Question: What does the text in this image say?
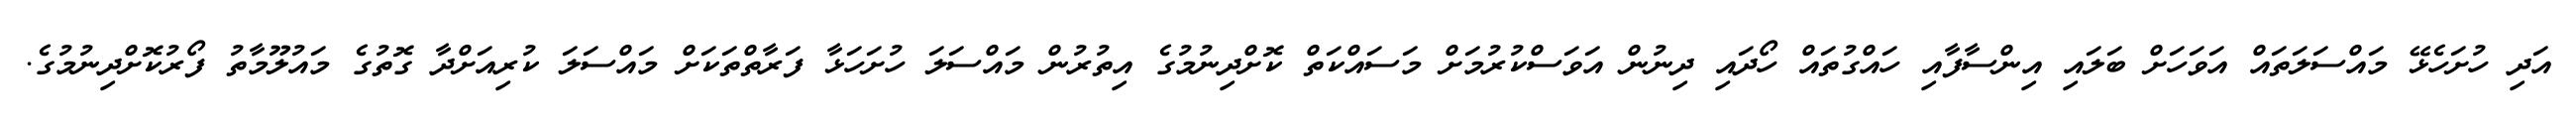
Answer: އަދި ހުށަހެޅޭ މައްސަލަތައް އަވަހަށް ބަލައި އިންސާފާއި ހައްގުތައް ހޯދައި ދިނުން އަވަސްކުރުމަށް މަސައްކަތް ކޮށްދިނުމުގެ އިތުރުން މައްސަލަ ހުށަހަޅާ ފަރާތްތަކަށް މައްސަލަ ކުރިއަށްދާ ގޮތުގެ މައުލޫމާތު ފޯރުކޮށްދިނުމުގެ.